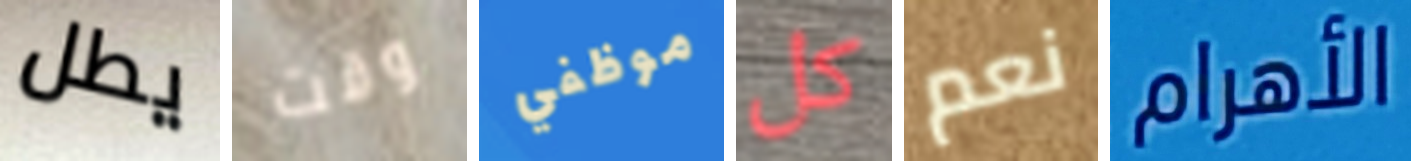
يطل وقت موظفي كل نعم الأهرام